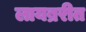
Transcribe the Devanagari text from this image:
लायब्ररीत